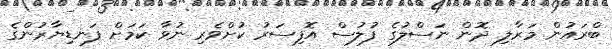
ބްރައުން މަރާލި ދޮން ނަސްލުގެ ފުލުސް އޮފިސަރު ކުށްވެރި ނުވާ ކަމަށް ފަނޑިޔާރުންގެ